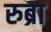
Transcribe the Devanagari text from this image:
रुब्रा